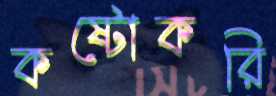
কষ্টোকরি